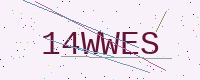
Text: 14WWES